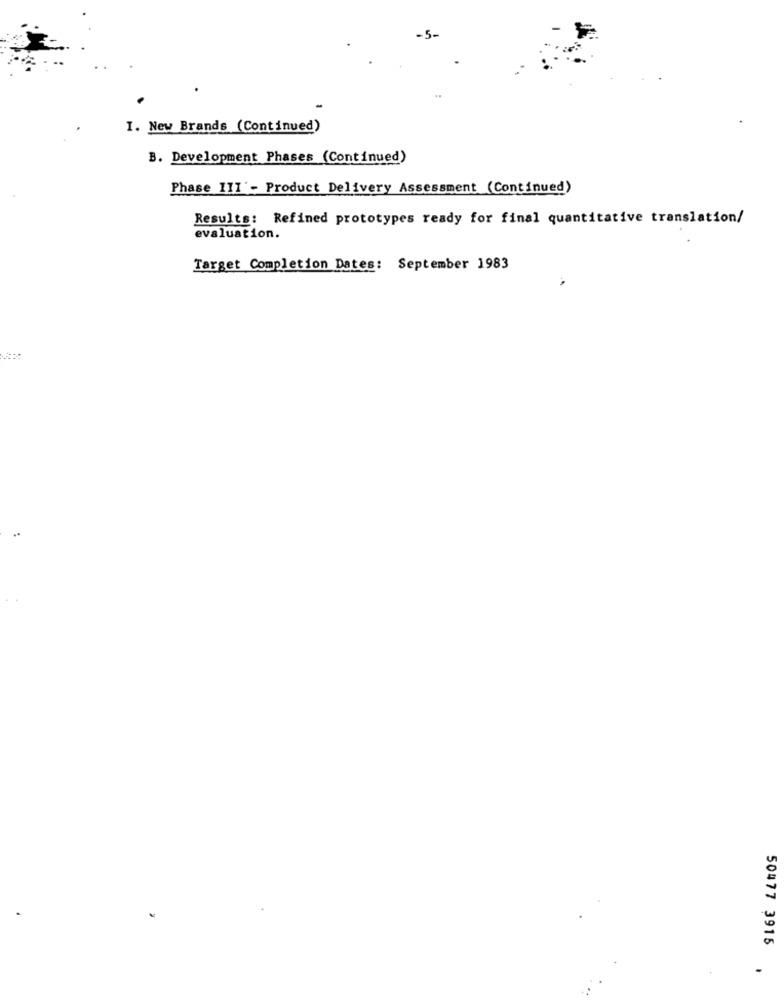
-5-
I. New Brands (Continued)
B. Development Phases (Continued)
Phase 111'- Product Delivery Assessment (Continued)
Results: Refined prototypes ready for final quantitative translation/
evaluation.
Target Completion Dates: September 1983
..
50477 3915